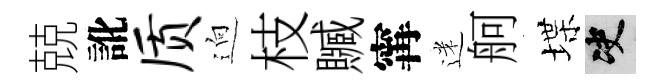
兢訛质逈枝贓𡩋迷舸堞决